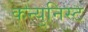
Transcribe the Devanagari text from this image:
कन्युनिस्ट